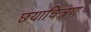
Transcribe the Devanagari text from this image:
छयाचित्रण